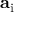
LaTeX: \mathbf { a } _ { \mathrm { i } }